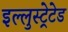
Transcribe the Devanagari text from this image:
इल्लुस्ट्रेटेड